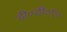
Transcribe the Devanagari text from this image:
डी०डी०ए०